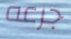
جرعه